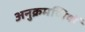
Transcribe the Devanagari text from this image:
अनुक्रमणियों